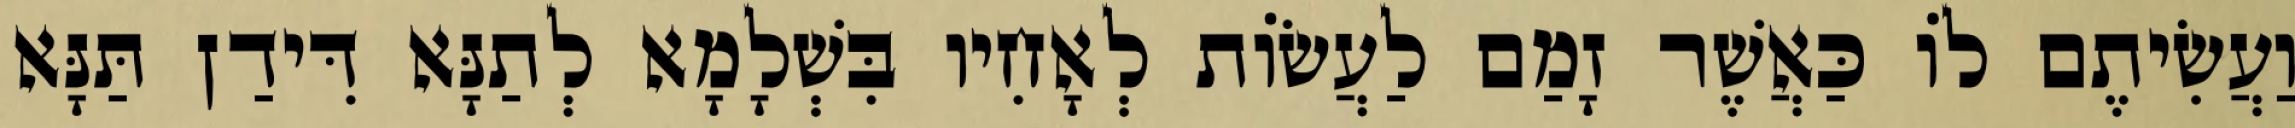
וַעֲשִׂיתֶם לוֹ כַּאֲשֶׁר זָמַם לַעֲשׂוֹת לְאָחִיו בִּשְׁלָמָא לְתַנָּא דִּידַן תַּנָּא